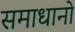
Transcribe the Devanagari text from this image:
समाधानो